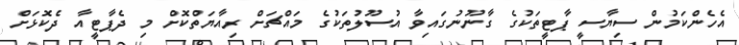
އެހެންކަމުން ސިޔާސީ ޕާޓީތަކުގެ ގާނޫނުގައިވާ އުސޫލުތަކުގެ މައްޗަށް ރިއާޔަތްކޮށް މި ދެޕާޓީއާ ދެކޮޅަށް